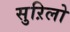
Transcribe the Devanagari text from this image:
सुऱिलो